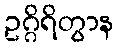
ဥဂ္ဂိရိတွာန